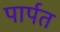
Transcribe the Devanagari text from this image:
पार्पत